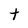
Character: t